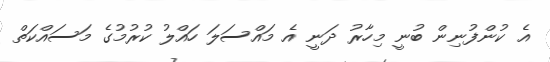
އެ ކުންފުނިން ބުނީ މިހާރު ދަނީ އެ މައްސަލަ ހައްލު ކުރުމުގެ މަސައްކަތް